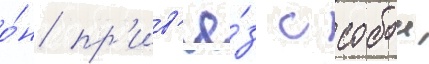
о́н пр'ив'ё́з с собои